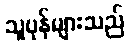
သူပုန်များသည်